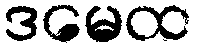
ဒမေထ